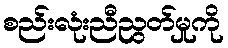
စည်းလုံးညီညွတ်မှုကို